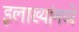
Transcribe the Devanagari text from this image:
इलाख्यांमध्ये